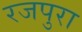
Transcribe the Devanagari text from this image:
रजपुरा